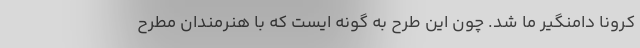
کرونا دامنگیر ما شد. چون این طرح به گونه ایست که با هنرمندان مطرح